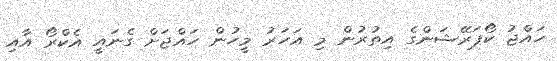
ހައްޖު ކޯޕަރޭޝަންގެ އިތުރުން މި އަހަރު މީހުން ހައްޖަށް ގެނައީ އެކްރޯ އާއި